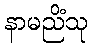
နာမညိံသု